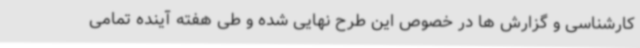
کارشناسی و گزارش ها در خصوص این طرح نهایی شده و طی هفته آینده تمامی